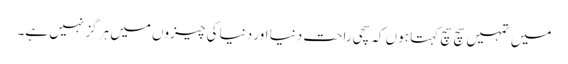
میں تمہیں سچ سچ کہتا ہوں کہ سچی راحت دنیا اور دنیا کی چیزوں میں ہرگز نہیں ہے۔